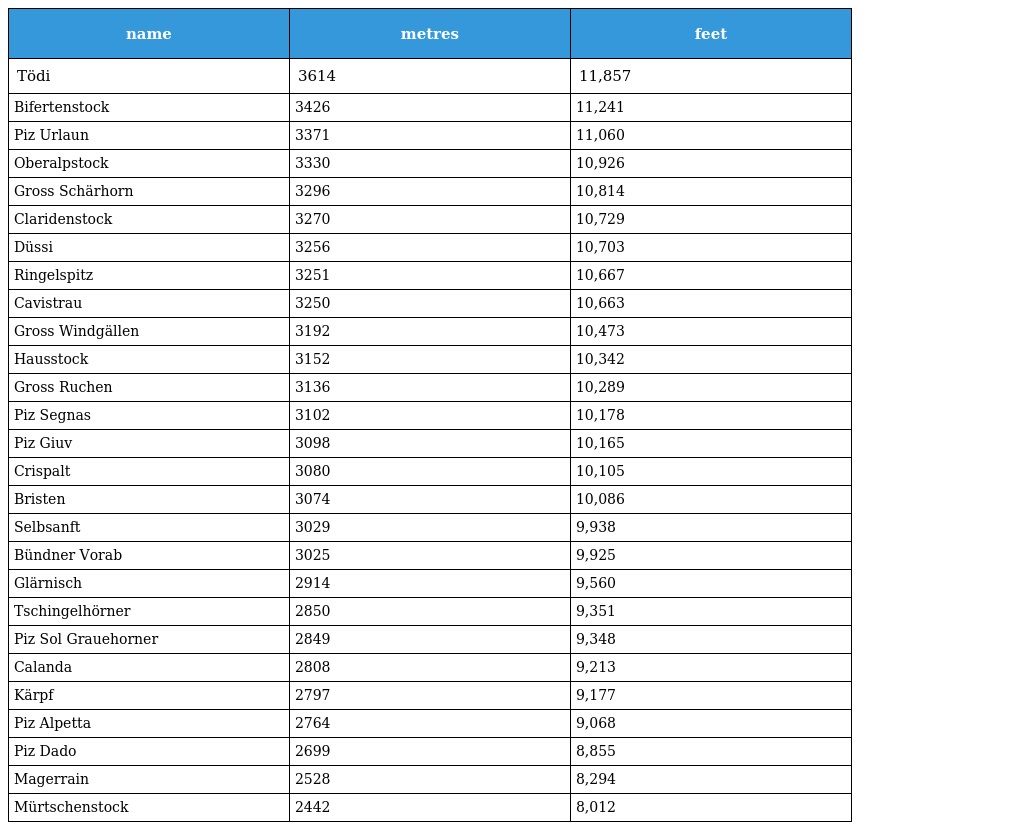
| name | metres | feet |
 | --- | --- | --- |
 | Tödi | 3614 | 11,857 |
 | Bifertenstock | 3426 | 11,241 |
 | Piz Urlaun | 3371 | 11,060 |
 | Oberalpstock | 3330 | 10,926 |
 | Gross Schärhorn | 3296 | 10,814 |
 | Claridenstock | 3270 | 10,729 |
 | Düssi | 3256 | 10,703 |
 | Ringelspitz | 3251 | 10,667 |
 | Cavistrau | 3250 | 10,663 |
 | Gross Windgällen | 3192 | 10,473 |
 | Hausstock | 3152 | 10,342 |
 | Gross Ruchen | 3136 | 10,289 |
 | Piz Segnas | 3102 | 10,178 |
 | Piz Giuv | 3098 | 10,165 |
 | Crispalt | 3080 | 10,105 |
 | Bristen | 3074 | 10,086 |
 | Selbsanft | 3029 | 9,938 |
 | Bündner Vorab | 3025 | 9,925 |
 | Glärnisch | 2914 | 9,560 |
 | Tschingelhörner | 2850 | 9,351 |
 | Piz Sol Grauehorner | 2849 | 9,348 |
 | Calanda | 2808 | 9,213 |
 | Kärpf | 2797 | 9,177 |
 | Piz Alpetta | 2764 | 9,068 |
 | Piz Dado | 2699 | 8,855 |
 | Magerrain | 2528 | 8,294 |
 | Mürtschenstock | 2442 | 8,012 |